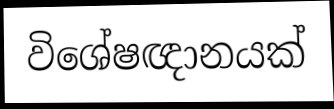
විශේෂඥානයක්